38_143685_box7_Incident_Summaries_1-100
Agency: Department of War
Page 195
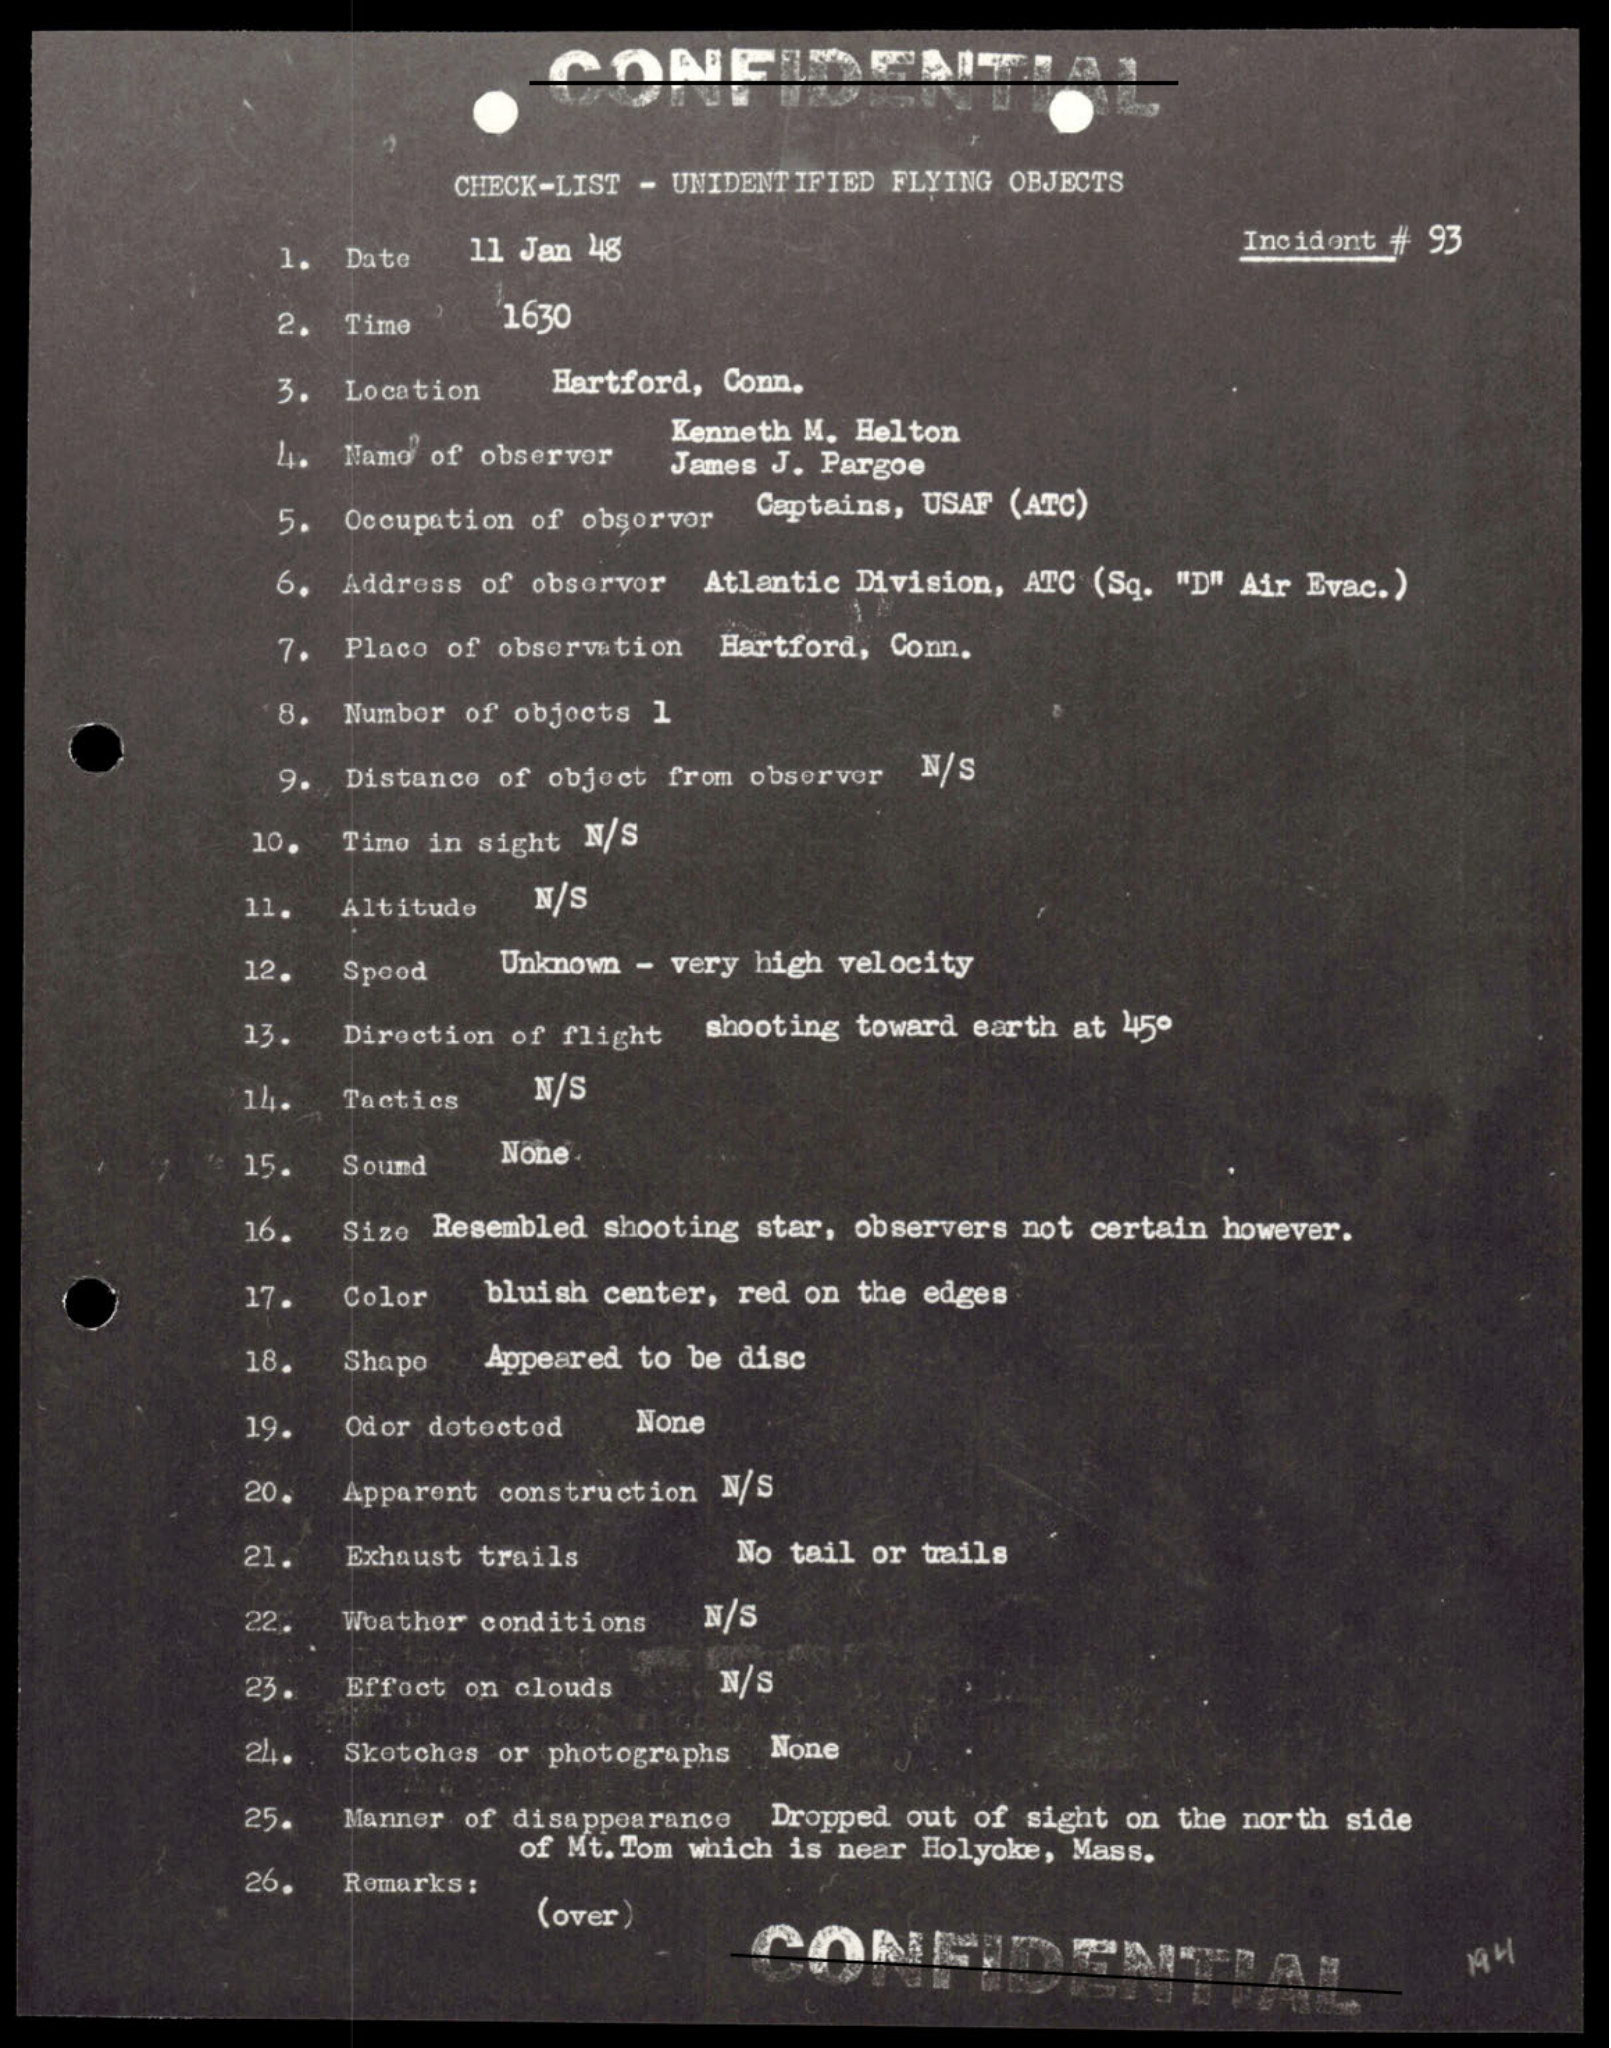